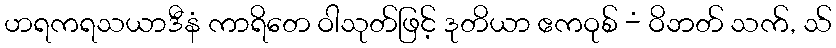
ဟရကရသယာဒီနံ ကာရိတေ ဝါသုတ်ဖြင့် ဒုတိယာ ဧကဝုစ် -ံ ဝိဘတ် သက်, သ်